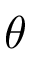
\theta